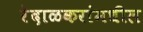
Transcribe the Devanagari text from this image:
रेंदाळकरांमधील